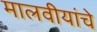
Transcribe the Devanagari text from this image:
मालवीयांचे